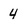
Character: 4